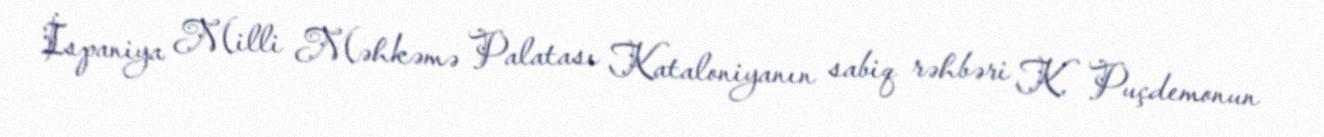
İspaniya Milli Məhkəmə Palatası Kataloniyanın sabiq rəhbəri K. Puçdemonun